Triigi_(Aleksandri)_vallavalitsus_Harjumaal, lk 25
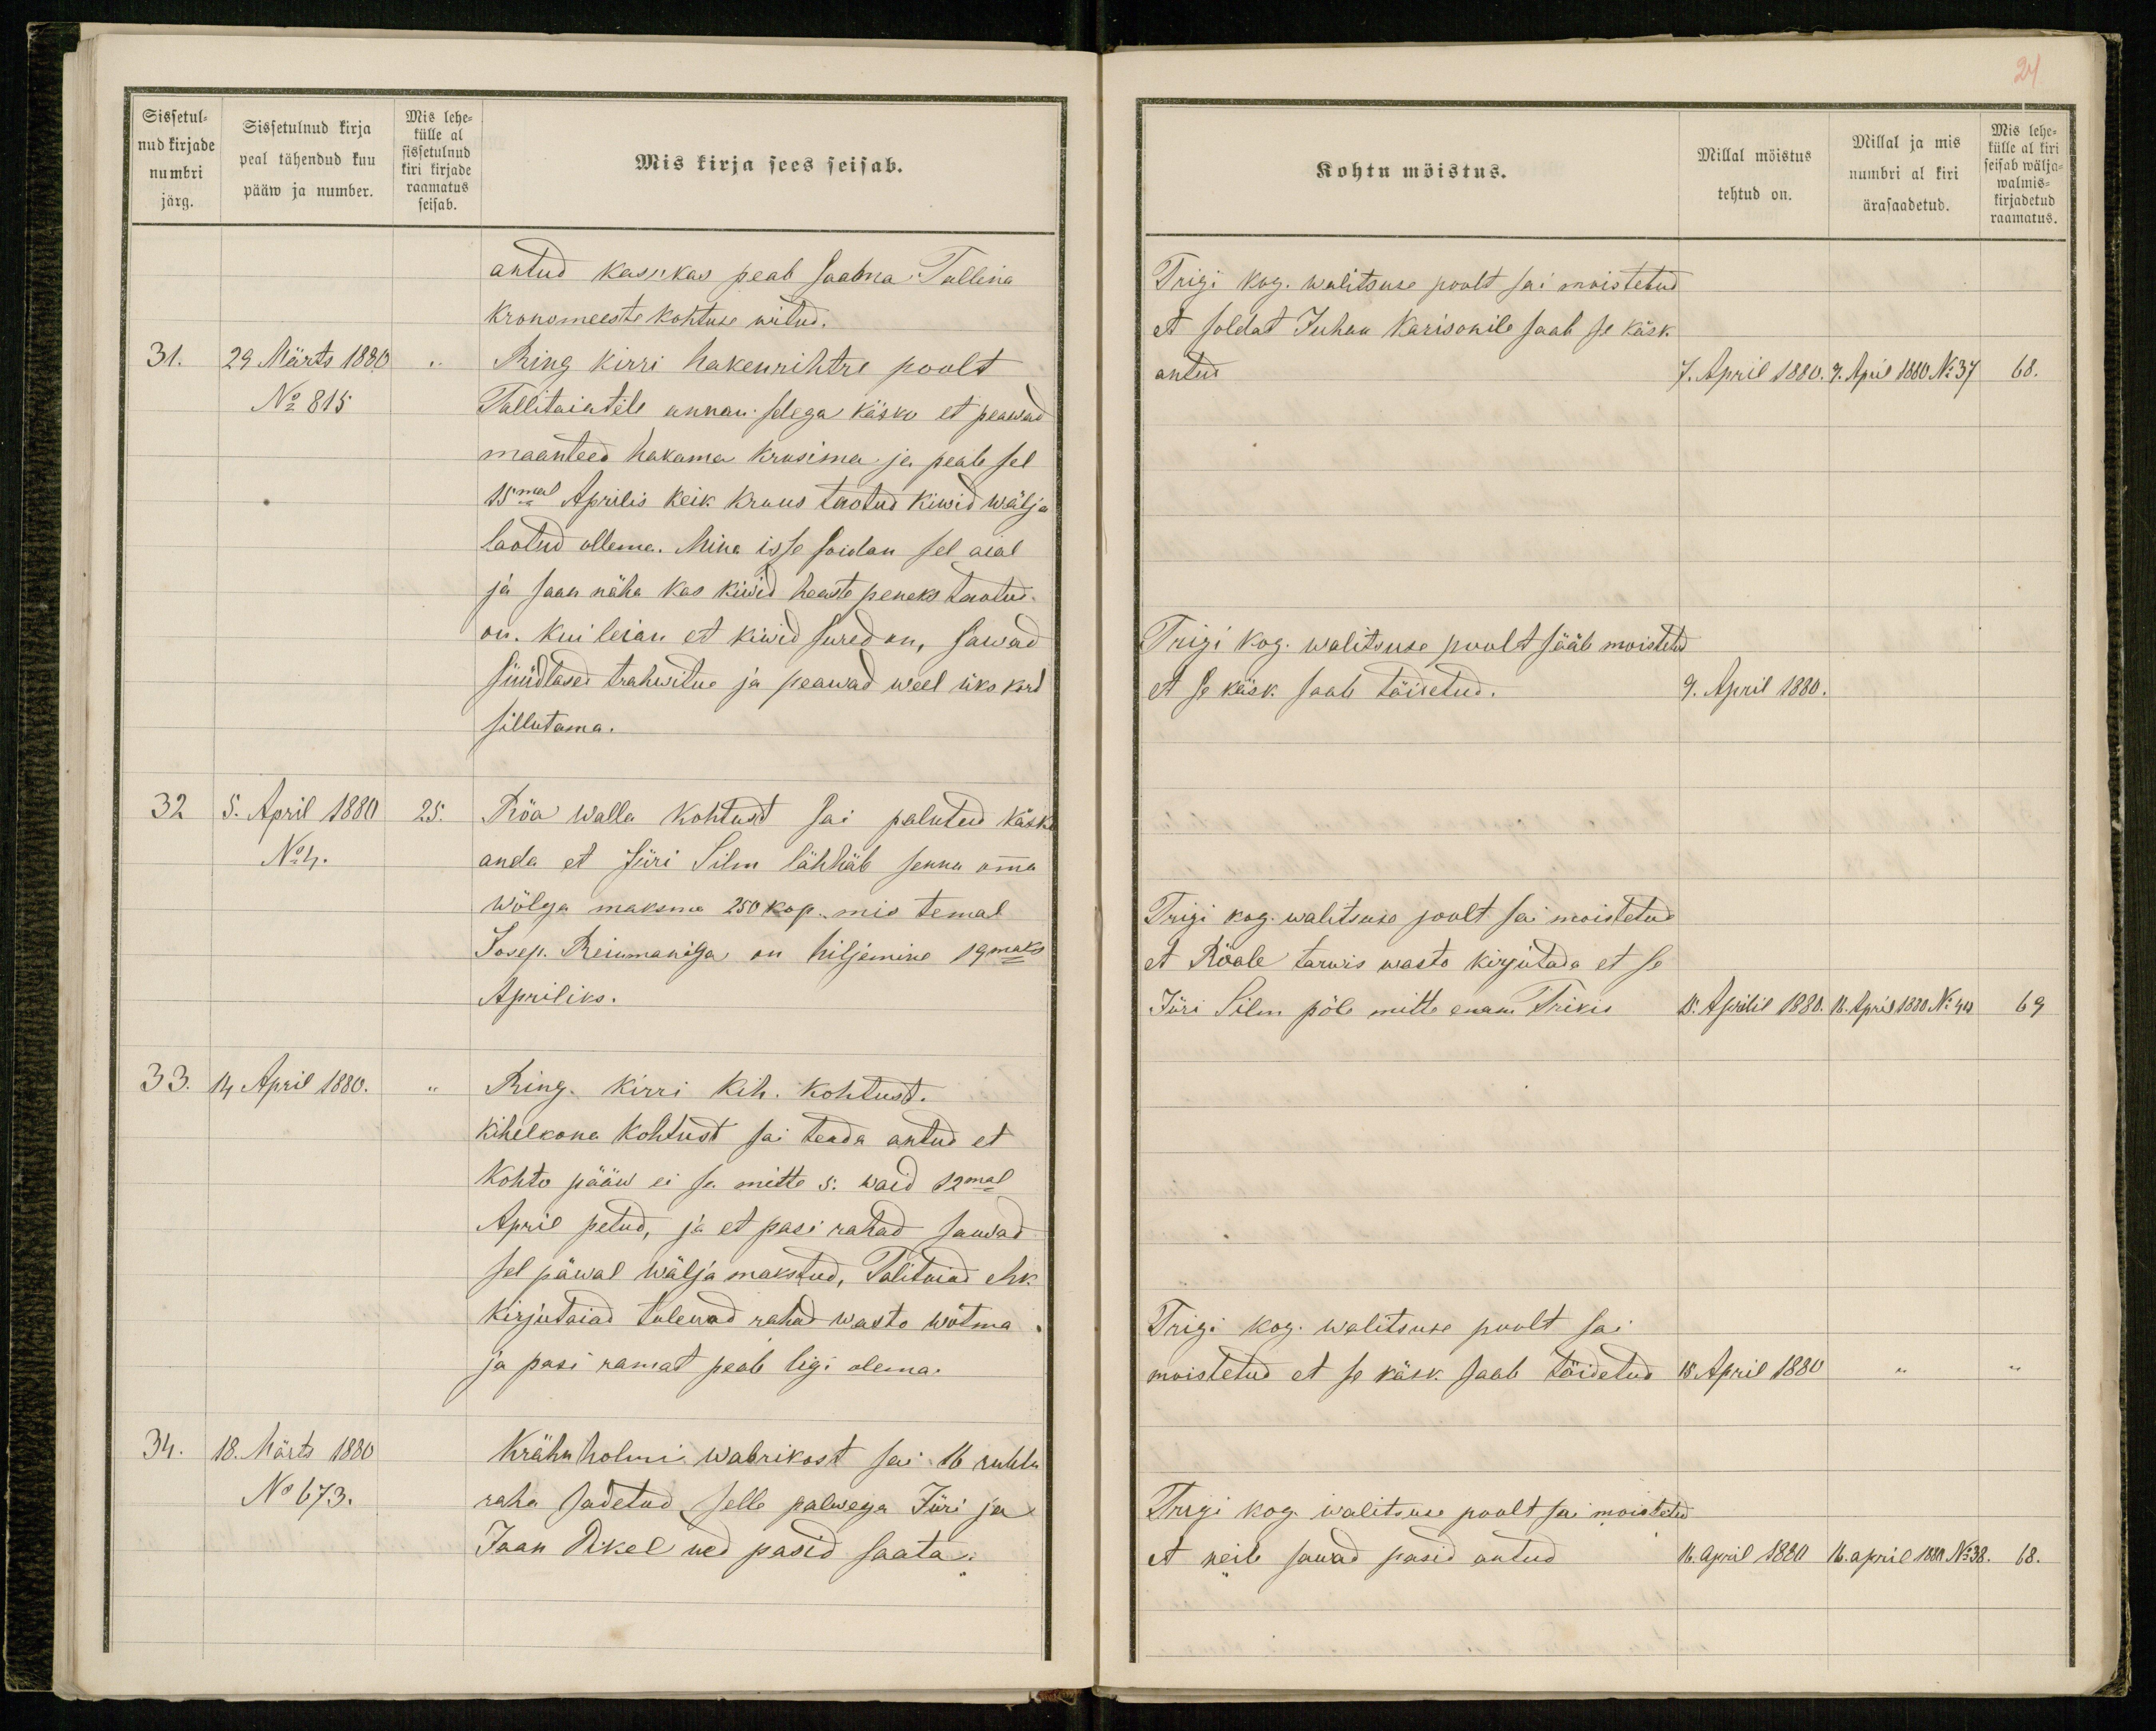
Sissetul-
nud kirjade
numbri
järg.
Sissetulnud kirja
peal tähendud kuu
pääw ja number.
Mis lehe-
külle al
sissetulnud
kiri kirjade
raamatus
seisab.
Mis kirja sees seisab.
antud kasukas peab saama Tallina
kronomeeste kohtuse witud.
31. 29 Märts 1880 "
Ring kirri hakenrihtre poolt
No 815.
Tallitaiatele annan selega käsko et peawad
maanteed hakama krusima ja peab sel
15mal Aprilis keik kruus taotud kiwid wälja
laotud ollema. Mina isse soidan sel aial
ja saan näha kas kiwid heaste peneks taotud
on. Kui leian et kiwid sured on, sawad
süüdlased trahwitud ja peawad weel üks kord
sillutama.
32 5. April 1880 25.
Röa walla kohtust sai palutud käsko
No 4.
anda et Jüri Silm lähhäb senna omma
wõlga maksma 250 kop. mis temal
Josep. Reinmaniga on hiljemine 19maks
Apriliks.
33. 14 April 1880. "
Ring kirri kih. kohtust.
kihelkona kohtust sai teada antud et
kohto pääw ei sa mitte 5. waid 12mal
April petud, ja et pasi rahad sawad
sel päwal wälja makstud, Talitaiad ehk
kirjutaiad tulewad rahad wasto wõtma
ja pasi ramat peab ligi olema.
34. 18. Märts 1880
Krähnholmi wabrikost sai 16 rubla
No 673.
raha sadetud selle palwega Jüri ja
Jaan Pikel ned pasid saata.

24
Kohtu möistus.
Millal möistus
tehtud on.
Millal ja mis
numbri al kiri
ärasaadetud.
Mis lehe-
külle al kiri
seisab wälja-
walmis-
kirjadetud
raamatus.
Trigi kog. walitsuse poolt sai moistetud
et soldat Juhan Karisonile saab se käsk
antud
7. April 1880. 9. April 1880 No 37 68.
Trigi kog. walitsuse poolt sääb moistetud
et se käsk saab täidetud.
9. April 1880.
Trigi kog. walitsuse poolt sai moistetud
et Röale tarwis wasto kirjutada et se
Jüri Silm põle mitte enam Trikis
15. Aprilil 1880. 16. April 1880 No 40 69
Trigi kog. walitsuse poolt sai
moistetud et se käsk saab täidetud
15 April 1880 " "
Trigi kog. walitsuse poolt sai moistetud
et neile sawad pasid antud
16. April 1880 16. april 1880 No 38. 68.